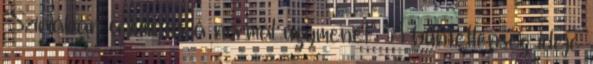
"Szíriában a kínzás a normál ügymenet" "A büntetlenség ideje